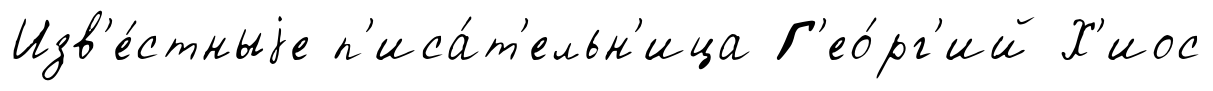
Изв'е́стныjе п'иса́т'ельн'ица Г'ео́рг'ий Х'иос